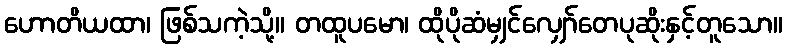
ဟောတိယထာ၊ ဖြစ်သကဲ့သို့။ တထူပမော၊ ထိုပိုဆံမျှင်လျှော်တေပုဆိုးနှင့်တူသော။